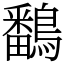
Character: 鷭